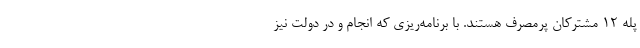
پله ۱۲ مشترکان پرمصرف هستند. با برنامه‌ریزی که انجام و در دولت نیز